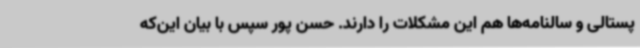
پستالی و سالنامه‌ها هم این مشکلات را دارند. حسن پور سپس با بیان این‌که